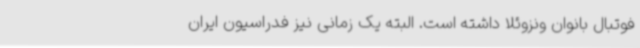
فوتبال بانوان ونزوئلا داشته است. البته یک زمانی نیز فدراسیون ایران